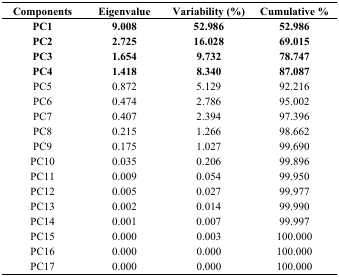
<table><thead><tr><td><b>Components</b></td><td><b>Eigenvalue</b></td><td><b>Variability (%)</b></td><td><b>Cumulative %</b></td></tr></thead><tbody><tr><td><b>PC1</b></td><td><b>9.008</b></td><td><b>52.986</b></td><td><b>52.986</b></td></tr><tr><td><b>PC2</b></td><td><b>2.725</b></td><td><b>16.028</b></td><td><b>69.015</b></td></tr><tr><td><b>PC3</b></td><td><b>1.654</b></td><td><b>9.732</b></td><td><b>78.747</b></td></tr><tr><td><b>PC4</b></td><td><b>1.418</b></td><td><b>8.340</b></td><td><b>87.087</b></td></tr><tr><td>PC5</td><td>0.872</td><td>5.129</td><td>92.216</td></tr><tr><td>PC6</td><td>0.474</td><td>2.786</td><td>95.002</td></tr><tr><td>PC7</td><td>0.407</td><td>2.394</td><td>97.396</td></tr><tr><td>PC8</td><td>0.215</td><td>1.266</td><td>98.662</td></tr><tr><td>PC9</td><td>0.175</td><td>1.027</td><td>99.690</td></tr><tr><td>PC10</td><td>0.035</td><td>0.206</td><td>99.896</td></tr><tr><td>PC11</td><td>0.009</td><td>0.054</td><td>99.950</td></tr><tr><td>PC12</td><td>0.005</td><td>0.027</td><td>99.977</td></tr><tr><td>PC13</td><td>0.002</td><td>0.014</td><td>99.990</td></tr><tr><td>PC14</td><td>0.001</td><td>0.007</td><td>99.997</td></tr><tr><td>PC15</td><td>0.000</td><td>0.003</td><td>100.000</td></tr><tr><td>PC16</td><td>0.000</td><td>0.000</td><td>100.000</td></tr><tr><td>PC17</td><td>0.000</td><td>0.000</td><td>100.000</td></tr></tbody></table>